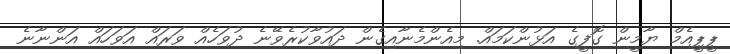
ޕީޕީއެމް ޔާމީން ގޮފީގެ އަޅުންކަމައް. މިއެންމެނާއިގެން ދައުވާކުރެވޭނެ ދުވަހެއް ވަރައް އަވަހައް އަންނާނެ